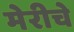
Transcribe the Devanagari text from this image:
मेरीचे